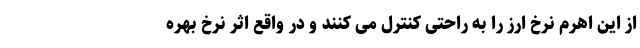
از این اهرم نرخ ارز را به راحتی کنترل می کنند و در واقع اثر نرخ بهره